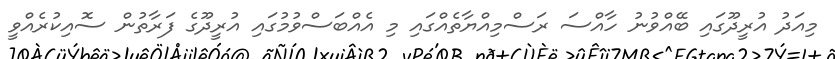
މިއަދު އުރީދޫގައި ބޭއްވުނު ހާއްސަ ރަސްމިއްޔާތެއްގައި މި އެއްބަސްވުމުގައި އުރީދޫގެ ފަރާތުން ސޮއިކުރެއްވީ